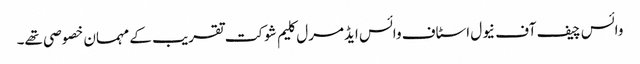
وائس چیف آف نیول اسٹاف وائس ایڈمرل کلیم شوکت تقریب کے مہمان خصوصی تھے۔